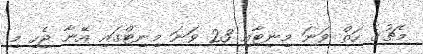
މެޗުގެ ހަތް ވަނަ މިނިޓާއި 23 ވަނަ މިނިޓްގައި އޭނާ ޖެހި މި